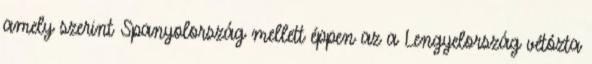
amely szerint Spanyolország mellett éppen az a Lengyelország vétózta